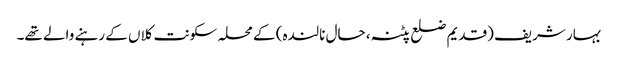
بہار شریف (قدیم ضلع پٹنہ، حال نالندہ) کے محلہ سکونت کلاں کے رہنے والے تھے۔